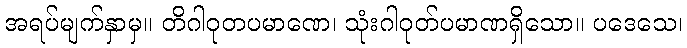
အရပ်မျက်နှာမှ။ တိဂါဝုတပမာဏေ၊ သုံးဂါဝုတ်ပမာဏရှိသော။ ပဒေသေ၊